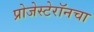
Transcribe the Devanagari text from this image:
प्रोजेस्टेरॉनचा